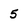
Character: 5